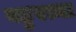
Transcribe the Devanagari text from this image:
बहुरत्ना